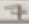
Text: 7